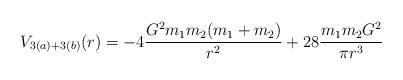
LaTeX: \begin{align*}V_{3(a)+3(b)}(r) = -4\frac{G^2m_1m_2(m_1+m_2)}{r^2}+28\frac{m_1m_2G^2}{\pi r^3}\end{align*}